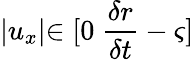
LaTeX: \lvert u_{x}\lvert\in[0\mathrm{~}\frac{\delta r}{\delta t}-\varsigma]